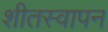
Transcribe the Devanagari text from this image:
शीतस्वापन